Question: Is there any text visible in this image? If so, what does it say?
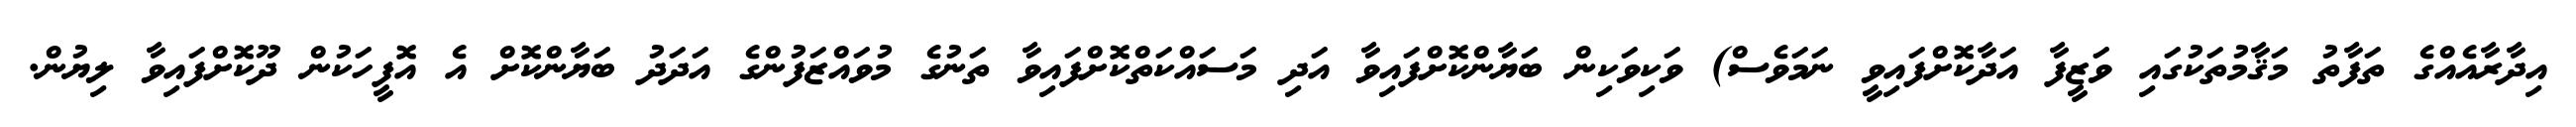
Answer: އިދާރާއެއްގެ ތަފާތު މަޤާމުތަކުގައި ވަޒީފާ އަދާކޮށްފައިވީ ނަމަވެސް) ވަކިވަކިން ބަޔާންކޮށްފައިވާ އަދި މަސައްކަތްކޮށްފައިވާ ތަނުގެ މުވައްޒަފުންގެ އަދަދު ބަޔާންކޮށް އެ އޮފީހަކުން ދޫކޮށްފައިވާ ލިޔުން.